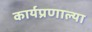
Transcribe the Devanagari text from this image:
कार्यप्रणाल्या